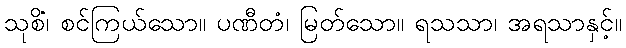
သုစိံ၊ စင်ကြယ်သော။ ပဏီတံ၊ မြတ်သော။ ရသသာ၊ အရသာနှင့်။